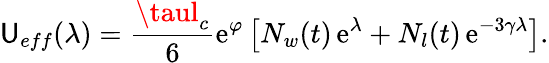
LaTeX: \mathsf{U}_{eff}(\lambda)=\frac{{\taul_{c}}}{{6}}\mathrm{{e}}^{\varphi}\left[N_{w}(t)\, \mathrm{{e}}^{\lambda}+N_{l}(t)\, \mathrm{{e}}^{-3\gamma\lambda}\right].